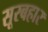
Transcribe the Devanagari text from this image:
सूरबहार